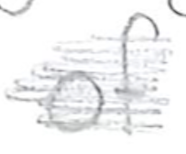
Text: of
Cross-out: scratch
Writing tool: pencil